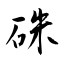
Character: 硃